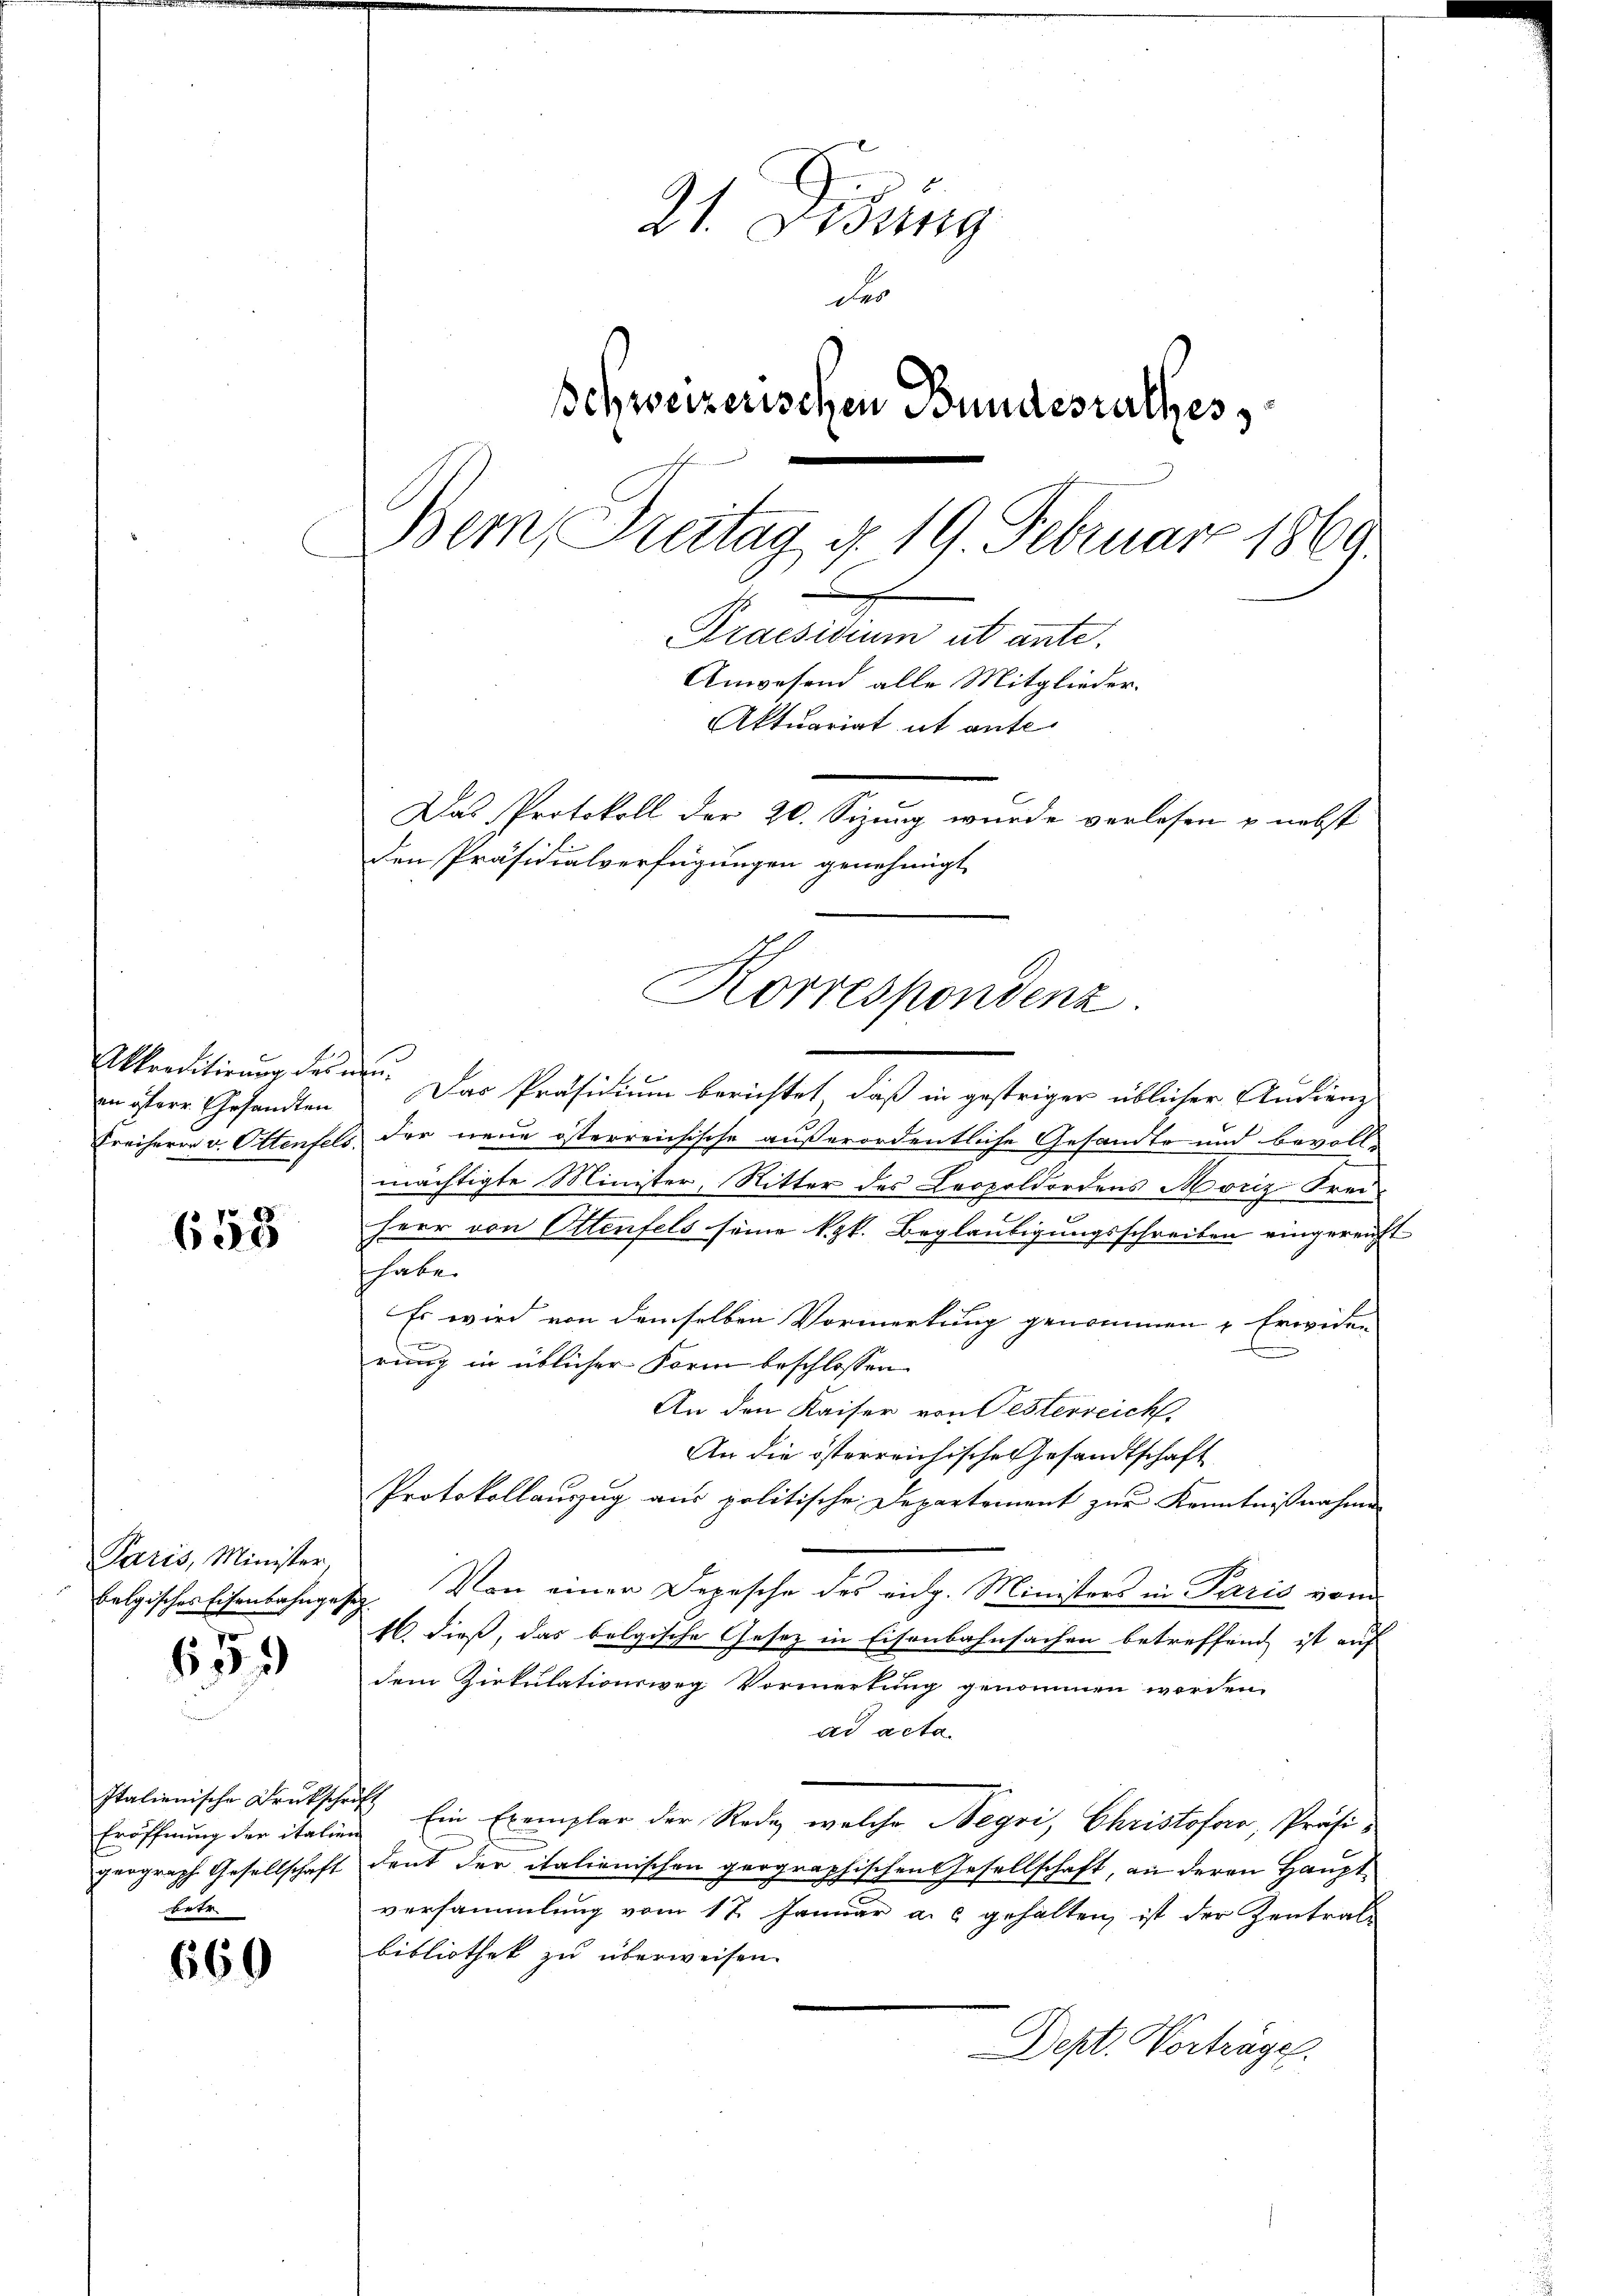
en terr Gesandten

658

Paris, Minister,

659)

6 x
Akkreditirung des an. Das Präsidium berichtet, daß in gestriger üblicher Andienz
Freiherrn v. Ottenfels, der neue österreichische außerordentliche Gesandte und bevoll-
mächtigte Minister, Ritter des Leopoldordens Moriz Frei-
Herr von Ottenfels seine kk. Beglaubigungsschreiben eingereicht
habe.
Es wird von demselben Vormerkung genommen & Erweden
rung in üblicher Form beschlossen
An den Kaiser von Festerreich
An die österreichische Gesandtschaft
Protokollauszug aus politische Departement zur Kenntnißnahme
belgisches Eisenbahngesetz. Von einer Depesche des eidg. Ministers in Paris von
16. dieß, das belgische Gesetz in Eisenbahnsachen betreffend ist auf
dem Zirkulationsweg Vormerkung genommen worden.
ad acta.
Eröffnung der italing Ein Exemplar der Rede, welche Negri, Christofer, Präsigeograph. Gesellschaft denk der italionischen geographischen Gesellschaft, an deren Hauptversammlung vom 17. Januar a. c. gehalten, ist der Zentral-
bibliothek zu überweisen.
Dept. Vorträge.

Italienische Druckschrift
eetr

660

21. Disung
des
schweizerischen Bundesrathes
Bern, Freitag d. 19. Februar 1869.
Praesidium ut ante.
Anwesend alle Mitglieder.
Aktuariat ut ante
Das Protokoll der 20. Sizung wurde verlesen u. nebst
den Präsidialverfügungen genehmigt

Korrespondenz.